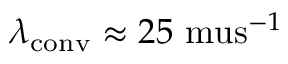
\lambda _ { \mathrm { c o n v } } \approx 2 5 \mathrm { \ m u s } ^ { - 1 }